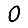
Digit: 0